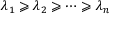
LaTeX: \lambda _ { 1 } \geqslant \lambda _ { 2 } \geqslant \dotsb \geqslant \lambda _ { n }